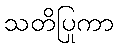
သတိပြုကာ